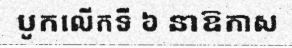
បូកលើកទី ៦ នាឱកាស